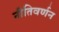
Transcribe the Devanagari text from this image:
नीतिवर्णन